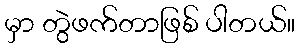
မှာ တွဲဖက်တာဖြစ် ပါတယ်။